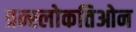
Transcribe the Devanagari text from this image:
त्रन्स्लोकतिओन